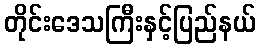
တိုင်းဒေသကြီးနှင့်ပြည်နယ်